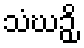
သံဃဉှိ